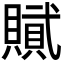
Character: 𮚞